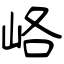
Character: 峈